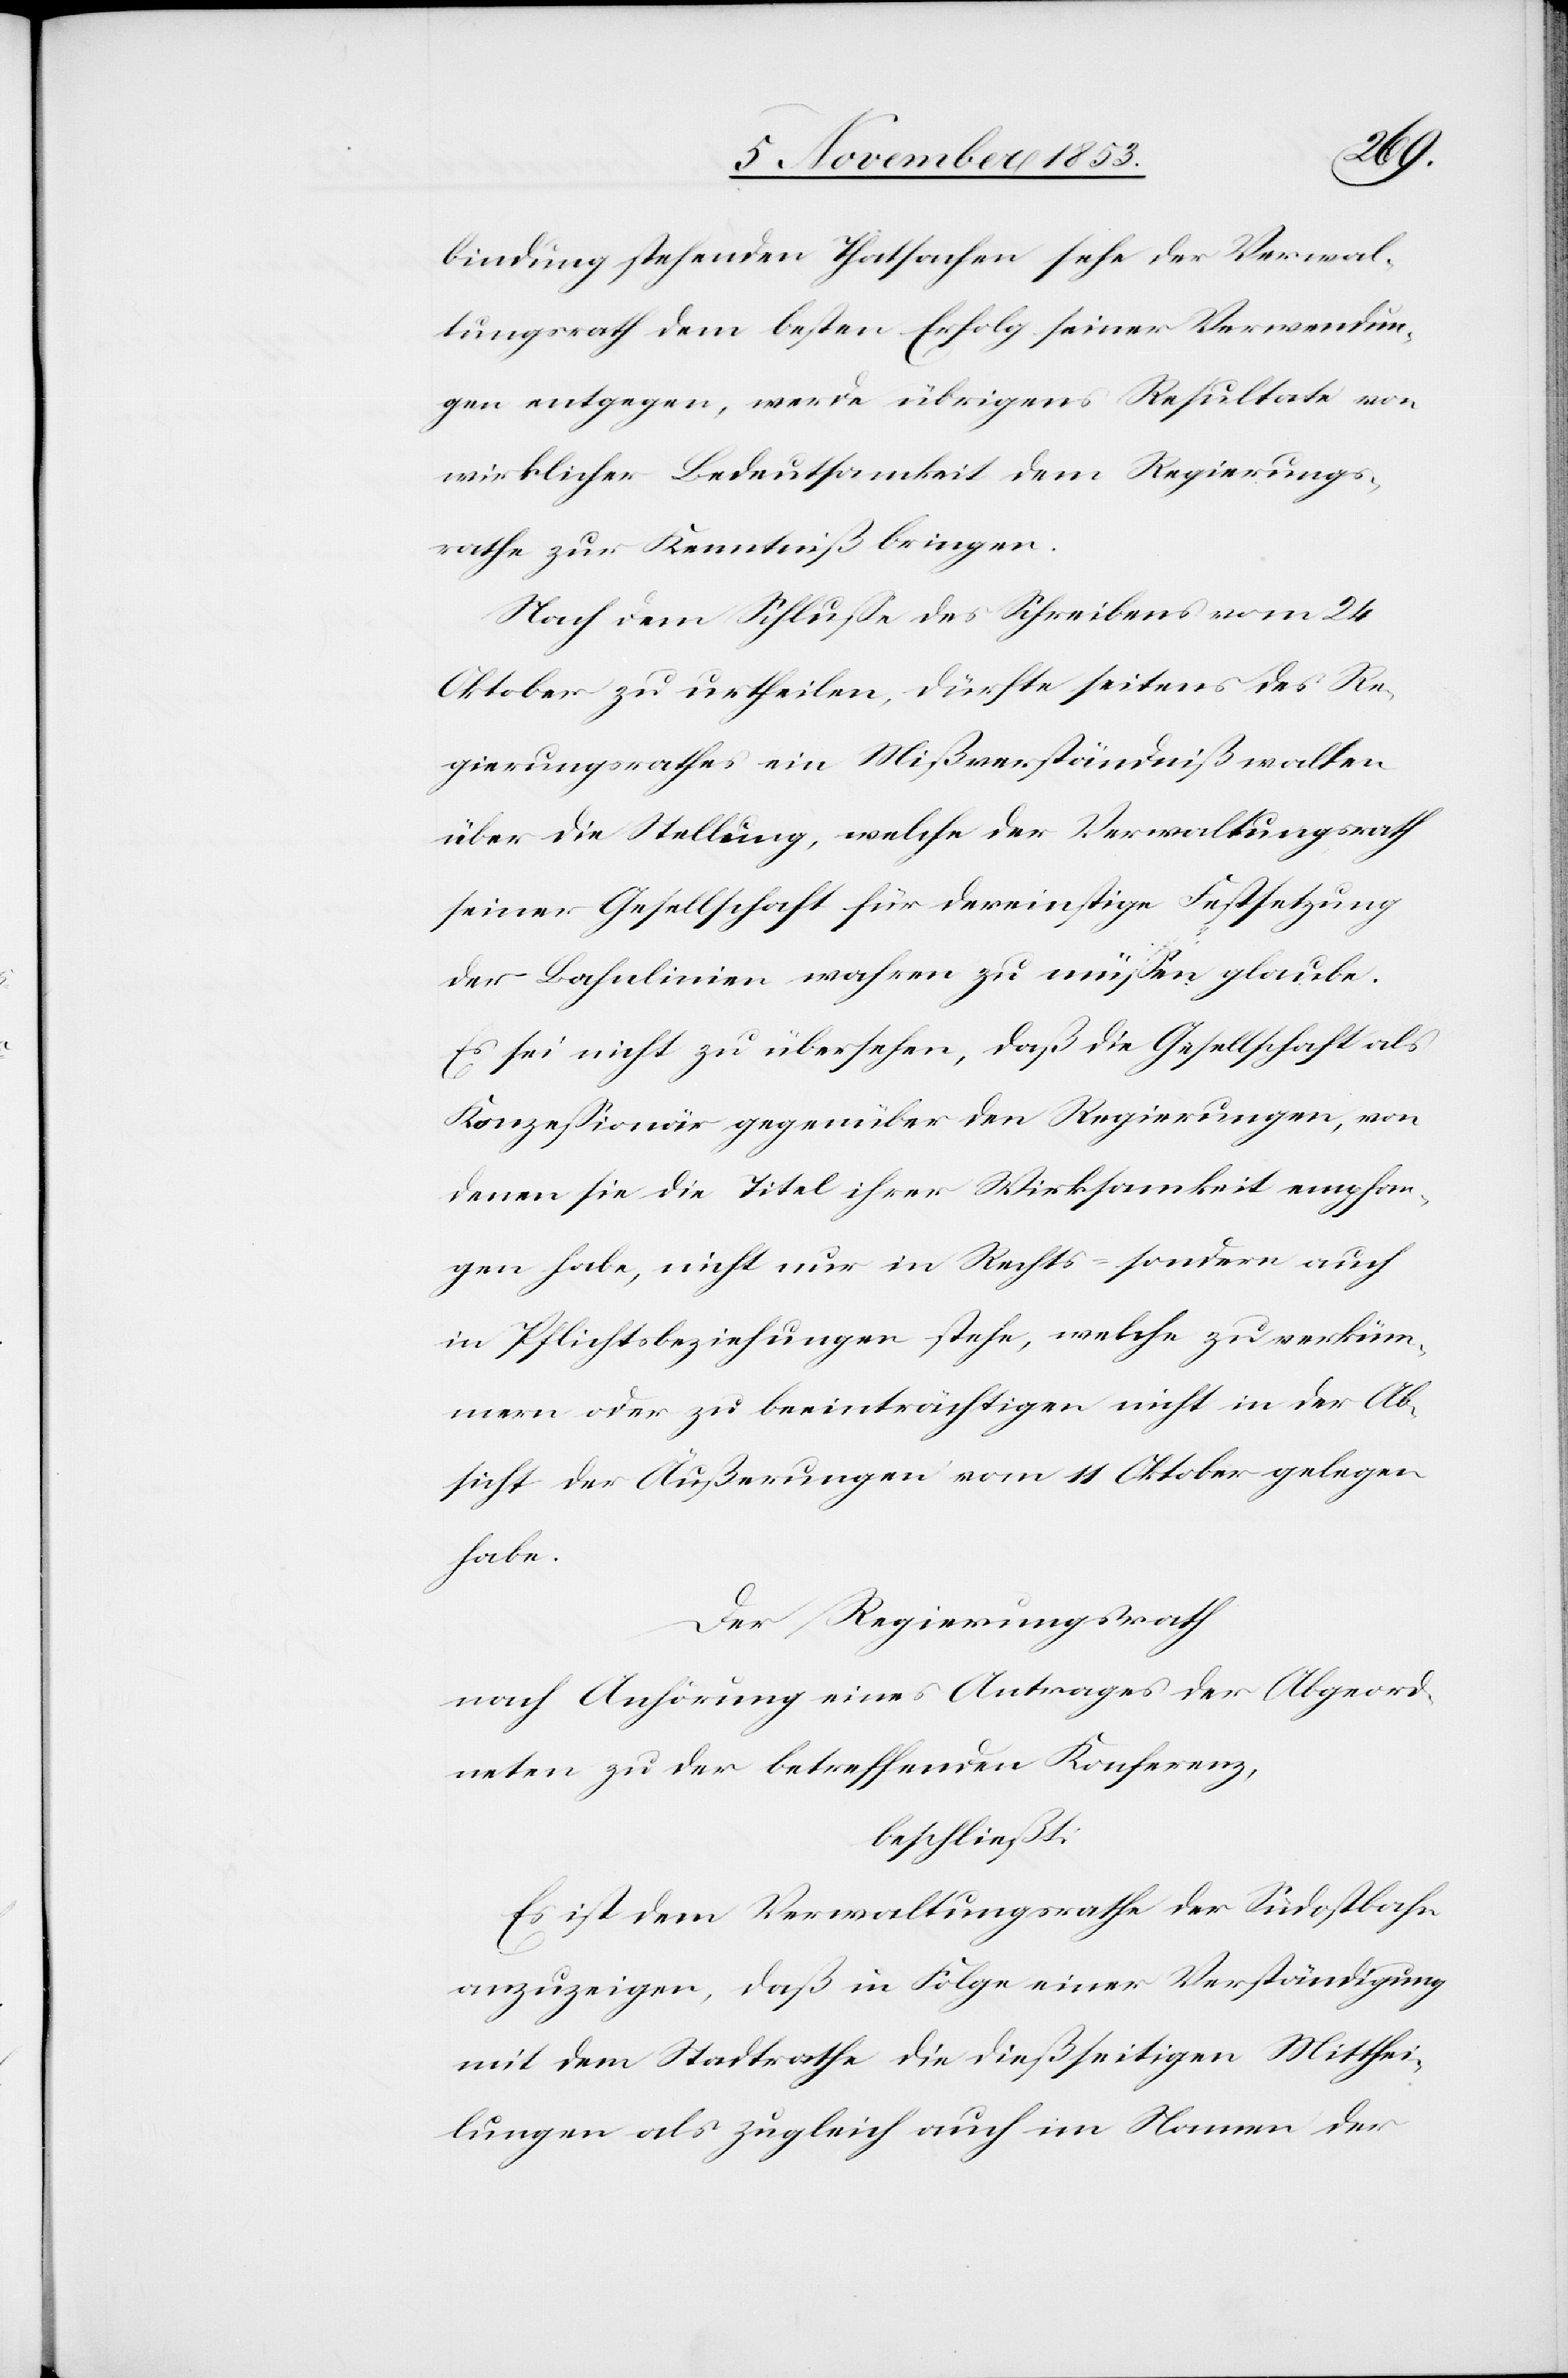
bindung stehenden Thatsachen sehe der Verwal¬
tungsrath dem besten Erfolg seiner Verwendun¬
gen entgegen, werde übrigens Resultate von
wirklicher Bedeutsamkeit dem Regierungs¬
rathe zur Kenntniß bringen.
Nach dem Schluße des Schreibens vom 24
Oktober zu urtheilen, dürfte seitens des Re¬
gierungsrathes ein Mißverständniß walten
über die Stellung, welche der Verwaltungsrath
seiner Gesellschaft für dereinstige Festsetzung
der Bahnlinien wahren zu müßen glaube.
Es sei nicht zu übersehen, daß die Gesellschaft als
Konzeßionär gegenüber den Regierungen, von
denen sie die Titel ihrer Wirksamkeit empfan¬
gen habe, nicht nur im Rechts- sondern auch
in Pflichtsbeziehungen stehe, welche zu verküm¬
mern oder zu beeinträchtigen nicht in der Ab¬
sicht der Äußerungen vom 11 Oktober gelegen
habe.
Der Regierungsrath
nach Anhörung eines Antrages der Abgeord¬
neten zu der betreffenden Konferenz,
beschließt:
Es ist dem Verwaltungsrathe der Südostbahn
anzuzeigen, daß in Folge einer Verständigung
mit dem Stadtrathe die dießseitigen Mitthei¬
lungen als zugleich auch im Namen der